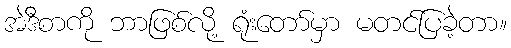
အဲဒီစာကို ဘာဖြစ်လို့ ရုံးတော်မှာ မတင်ပြခဲ့တာ။